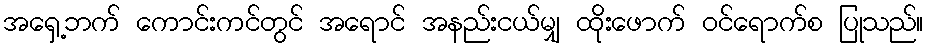
အရှေ့ဘက် ကောင်းကင်တွင် အရောင် အနည်းငယ်မျှ ထိုးဖောက် ဝင်ရောက်စ ပြုသည်။